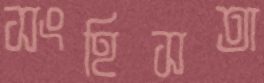
সংহিসতা